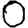
Digit: 0